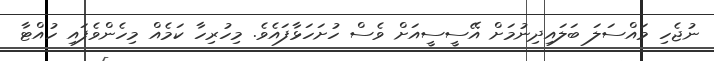
ނުޖެހި މައްސަލަ ބަލައިދިނުމަށް އޭސީސީއަށް ވެސް ހުށަހަޅާފައެވެ. މިހުރިހާ ކަމެއް މިހެންވެފައި ހުއްޓާ